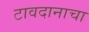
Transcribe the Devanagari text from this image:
टावदानाचा